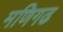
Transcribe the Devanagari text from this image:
मणिगढ